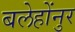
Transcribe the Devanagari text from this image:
बलेहोंनुर